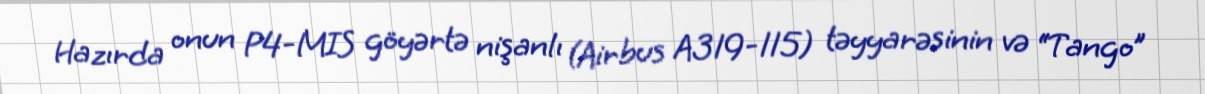
Hazırda onun P4-MIS göyərtə nişanlı (Airbus A319-115) təyyarəsinin və “Tango”